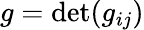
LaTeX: g=\operatorname*{det}(g_{ij})